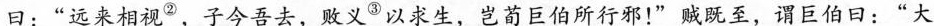
曰：”远来相视^{②}，子今吾去，败义\underset{·}{③}以求生，岂荀巨伯所行邪！”贼既至，谓巨伯日：”大